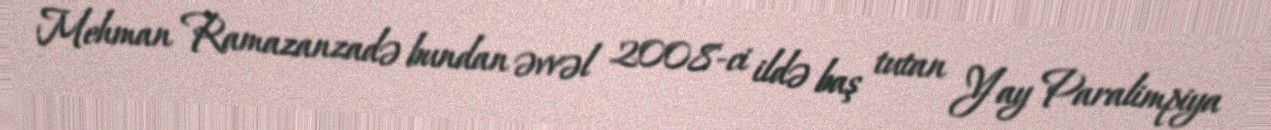
Mehman Ramazanzadə bundan əvvəl 2008-ci ildə baş tutan Yay Paralimpiya